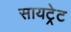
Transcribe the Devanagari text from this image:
सायट्रेट